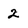
Character: 2